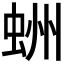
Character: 𧋀